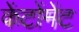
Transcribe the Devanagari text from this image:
केंटोंमेंट